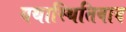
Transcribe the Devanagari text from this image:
यथास्थितिवाद